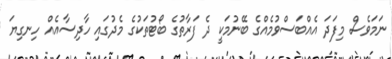
ނަމަވެސް މިފަދަ އެއްބަސްވުމެއްގެ ބޭނުމަކީ ދެ ފަރާތުގެ ބޯޓުތަކުގެ މެދުގައި ހާދިސާއެއް ހިނގިޔަ